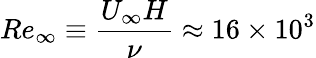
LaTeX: Re_{\infty}\equiv\frac{U_{\infty}H}{\nu}\approx 16\times 10^{3}